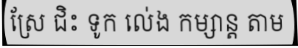
ស្រែ ជិះ ទូក លេ់ង កម្សាន្ត តាម